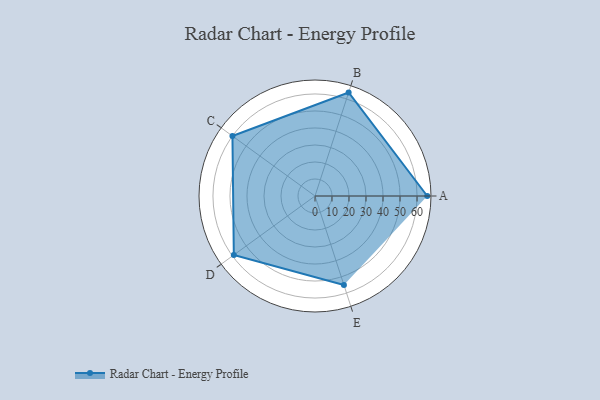
{"axis": {"x": "Skill", "y": "Score"}, "legend": ["Profile"], "data": [{"x": "A", "y": 66.0, "type": "Profile"}, {"x": "B", "y": 64.0, "type": "Profile"}, {"x": "C", "y": 60.0, "type": "Profile"}, {"x": "D", "y": 59.0, "type": "Profile"}, {"x": "E", "y": 55.0, "type": "Profile"}]}